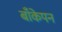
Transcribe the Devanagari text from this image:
बाँकेपन